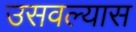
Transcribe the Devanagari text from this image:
उसवल्यास